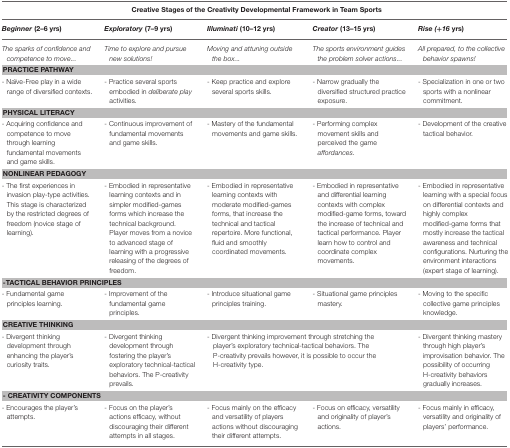
| <COLSPAN=5> Creative Stages of the Creativity Developmental Framework in Team Sports |
 | Beginner(2–6 yrs) | Exploratory(7–9 yrs) | Illuminati(10–12 yrs) | Creator(13–15 yrs) | Rise (+16 yrs) |
 | --- | --- | --- | --- | --- |
 | The sparks of confidence and competence to move... | Time to explore and pursue new solutions! | Moving and attuning outside the box... | The sports environment guides the problem solver actions... | All prepared, to the collective behavior spawns! |
 | <COLSPAN=5> PRACTICE PATHWAY |
 | - Naïve-Free play in a wide range of diversified contexts. | - Practice several sports embodied in deliberate play activities. | - Keep practice and explore several sports skills. | - Narrow gradually the diversified structured practice exposure. | - Specialization in one or two sports with a nonlinear commitment. |
 | <COLSPAN=5> PHYSICAL LITERACY |
 | - Acquiring confidence and competence to move through learning fundamental movements and game skills. | - Continuous improvement of fundamental movements and game skills. | - Mastery of the fundamental movements and game skills. | - Performing complex movement skills and perceived the game affordances. | - Development of the creative tactical behavior. |
 | <COLSPAN=5> NONLINEAR PEDAGOGY |
 | - The first experiences in invasion play-type activities. This stage is characterized by the restricted degrees of freedom (novice stage of learning). | - Embodied in representative learning contexts and in simpler modified-games forms which increase the technical background. Player moves from a novice to advanced stage of learning with a progressive releasing of the degrees of freedom. | - Embodied in representative learning contexts with moderate modified-games forms, that increase the technical and tactical repertoire. More functional, fluid and smoothly coordinated movements. | - Embodied in representative and differential learning contexts with complex modified-game forms, toward the increase of technical and tactical performance. Player learn how to control and coordinate complex movements. | - Embodied in representative learning with a special focus on differential contexts and highly complex modified-game forms that mostly increase the tactical awareness and technical configurations. Nurturing the environment interactions (expert stage of learning). |
 | <COLSPAN=5> -TACTICAL BEHAVIOR PRINCIPLES |
 | - Fundamental game principles learning. | - Improvement of the fundamental game principles. | - Introduce situational game principles training. | - Situational game principles mastery. | - Moving to the specific collective game principles knowledge. |
 | <COLSPAN=5> CREATIVE THINKING |
 | - Divergent thinking development through enhancing the player's curiosity traits. | - Divergent thinking development through fostering the player's exploratory technical-tactical behaviors. The P-creativity prevails. | <COLSPAN=2> - Divergent thinking improvement through stretching the player's exploratory technical-tactical behaviors. The P-creativity prevails however, it is possible to occur the H-creativity type. | - Divergent thinking mastery through high player's improvisation behavior. The possibility of occurring H-creativity behaviors gradually increases. |
 | <COLSPAN=5> - CREATIVITY COMPONENTS |
 | - Encourages the player's attempts. | - Focus on the player's actions efficacy, without discouraging their different attempts in all stages. | - Focus mainly on the efficacy and versatility of players actions without discouraging their different attempts. | - Focus on efficacy, versatility and originality of player's actions. | - Focus mainly in efficacy, versatility and originality of players' performance. |